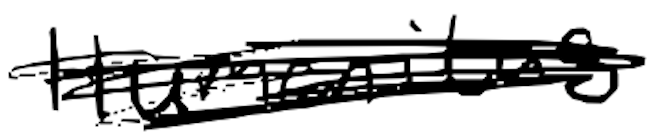
Text: Humanitas
Cross-out: scratch
Writing tool: digital_black